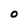
Character: 0